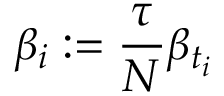
\beta _ { i } : = \frac { \tau } { N } \beta _ { t _ { i } }